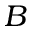
B